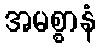
အမစ္စာနံ